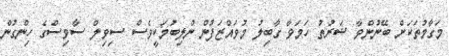
މަގާމުތަކަށް ބޭނުންވާ ޝަރުތު ހަމަވާ ގާބިލު މުވައްޒަފުން ނުލިބުމަކީވެސް ސިވިލް ސާވިސްގެ ހިންގުން